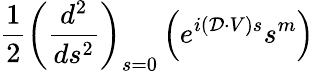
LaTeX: \frac{1}{2}\left(\frac{d^{2}}{ds^{2}}\right)_{s=0}\left(e^{i(\mathcal{D}\cdot V)s}s^{m}\right)